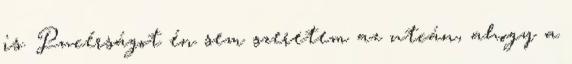
is. Pucérságot én sem szeretem az utcán, ahogy a